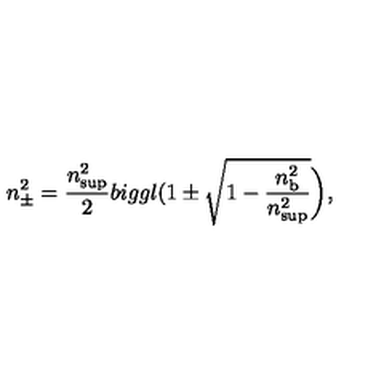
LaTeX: n _ { \pm } ^ { 2 } = \frac { n _ { \mathrm { s u p } } ^ { 2 } } { 2 } b i g g l ( 1 \pm \sqrt { 1 - \frac { n _ { \mathrm { b } } ^ { 2 } } { n _ { \mathrm { s u p } } ^ { 2 } } } \biggr ) ,